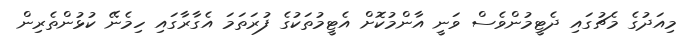
މިއަދުގެ މެޗުގައި ދެޓީމުންވެސް ވަނީ އާންމުކޮށް އެޓީމުތަކުގެ ފުރަތަމަ އެގާރާގައި ހިމެނޭ ކުޅުންތެރިން